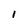
Character: 1